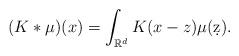
LaTeX: \begin{align*}(K*\mu)(x) = \int_{\mathbb R^d} K(x-z) \mu(\d z).\end{align*}